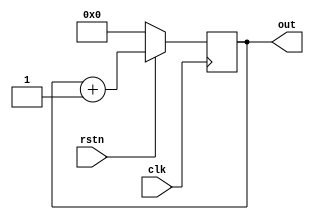
// An active low reset signal is used for resetting the counter.
module counter (input clk, input rstn, output reg[3:0] out);
    always @ (posedge clk) begin
    if (! rstn)
        out <= 0;
    else 
        out <= out + 1;
    end
endmodule

module tb_counter;
    reg clk;
    reg rstn;
    wire [3:0] out;
 
    counter c0(.clk(clk), .rstn (rstn), .out (out));

// Generate a clock that should be driven to design
// This clock will flip its value every 5ns -> time period = 10ns -> freq = 100 MHz
    always #5 clk = ~clk;

    initial
    begin
    $dumpfile("vcd/FourBitCounter.vcd");
    $dumpvars(0,tb_counter);

    $display("Clock \t Reset \t Output");
    $monitor("%b %b %b", clk, rstn, out);

        clk <= 0;
        rstn <= 0;
 
        #20   rstn <= 1;
        #80   rstn <= 0;
        #50   rstn <= 1;
        #20
    $finish;
    end
endmodule